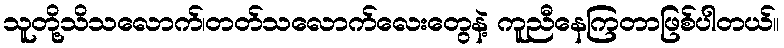
သူတို့သိသလောက်၊တတ်သလောက်လေးတွေနဲ့ ကူညီနေကြတာဖြစ်ပါတယ်။